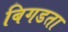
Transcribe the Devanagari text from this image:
बिगडता